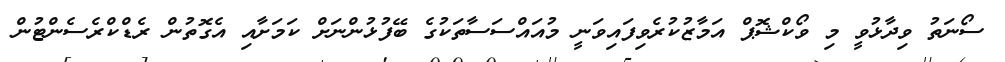
ސޯނަތު ވިދާޅުވީ މި ވޯކްޝޮޕް އަމާޒުކުރެވިފައިވަނީ މުއައްސަސާތަކުގެ ބޭފުޅުންނަށް ކަމަށާއި އެގޮތުން ރެޑްކްރެސެންޓުން